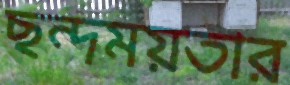
ছন্দময়তার